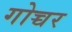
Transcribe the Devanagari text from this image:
गोच्चर